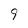
Character: 9